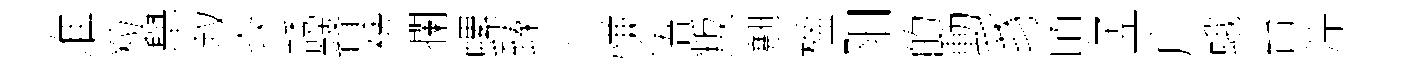
准粒舉叙焱誘瞽裨攔螺臻穴慊浯叛翹楹阳的動豸頃孟广蛾台淙